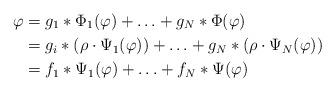
LaTeX: \begin{align*}\varphi &= g_1*\Phi_1(\varphi)+\ldots+g_N*\Phi(\varphi) \\&= g_i*(\rho\cdot \Psi_1(\varphi))+\ldots+g_N*(\rho\cdot \Psi_N(\varphi)) \\&= f_1*\Psi_1(\varphi)+\ldots+f_N*\Psi(\varphi) \end{align*}